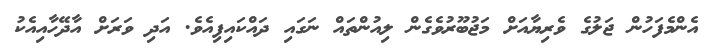
އެންމެފަހުން ޖަލުގެ ވެރިޔާއަށް މަޖުބޫރުވެގެން ލިއުންތައް ނަގައި ދައްކައިފިއެވެ. އަދި ވަރަށް އާދޭހާއިއެކު